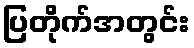
ပြတိုက်အတွင်း